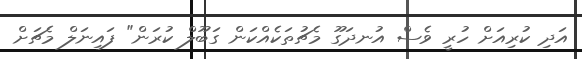
އަދި ކުރިއަށް ހުރީ ވެސް އުނދަގޫ މެޗުތަކެއްކަން ގަބޫލް ކުރަން" ފައިނަލް މެޗަށް